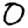
Digit: 0